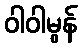
ဝါဝါမွန်